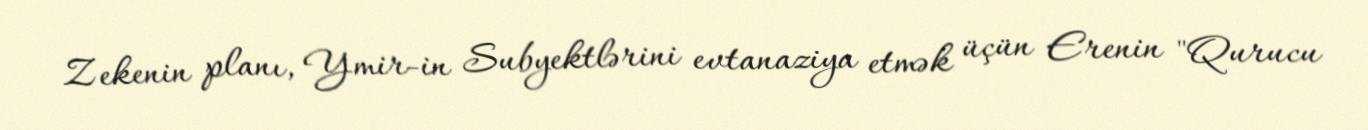
Zekenin planı, Ymir-in Subyektlərini evtanaziya etmək üçün Erenin "Qurucu